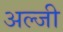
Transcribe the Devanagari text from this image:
अल्जी